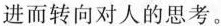
进而转向对人的思考。